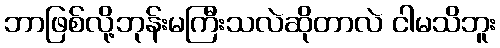
ဘာဖြစ်လို့ဘုန်းမကြီးသလဲဆိုတာလဲ ငါမသိဘူး